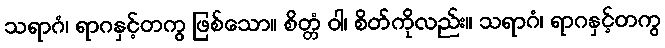
သရာဂံ၊ ရာဂနှင့်တကွ ဖြစ်သော။ စိတ္တံ ဝါ၊ စိတ်ကိုလည်း။ သရာဂံ၊ ရာဂနှင့်တကွ